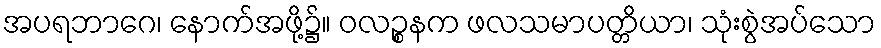
အပရဘာဂေ၊ နောက်အဖို့၌။ ဝလဉ္စနက ဖလသမာပတ္တိယာ၊ သုံးစွဲအပ်သော